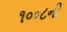
૧૦૦૮ની